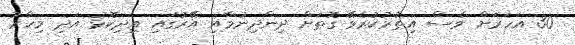
30 އަހަރަށް ވެސް އިތުރުކުރެވޭ ގޮތަށް ދިންދިނުމާއި އޭރުގައި އިދިކޮޅު އަދި މިހާރު